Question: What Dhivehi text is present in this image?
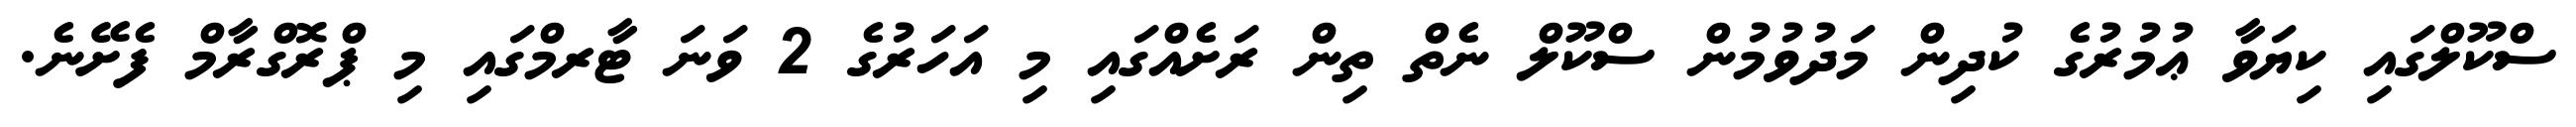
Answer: ސްކޫލްގައި ކިޔަވާ ޢުމުރުގެ ކުދިން މަދުވުމުން ސްކޫލް ނެތް ތިން ރަށެއްގައި މި އަހަރުގެ 2 ވަނަ ޓާރމްގައި މި ޕްރޮގްރާމް ފެށޭނެ.